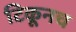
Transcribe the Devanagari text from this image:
टिकूनच